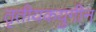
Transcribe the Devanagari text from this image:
तृतीयकयुगीन